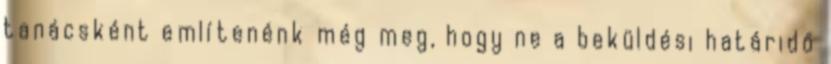
tanácsként említenénk még meg, hogy ne a beküldési határidő